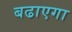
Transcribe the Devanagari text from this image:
बढाएगा